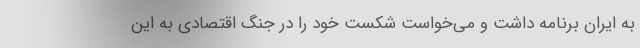
به ایران برنامه داشت و می‌خواست شکست خود را در جنگ اقتصادی به این